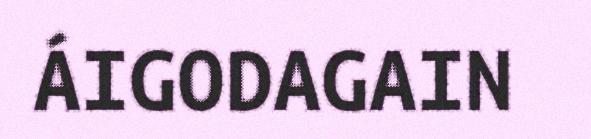
ÁIGODAGAIN